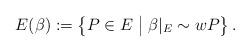
LaTeX: \begin{align*}E(\beta) := \left\{P\in E \; \big{|} \; \beta|_E \sim wP \right\}.\end{align*}